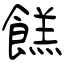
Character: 餻